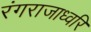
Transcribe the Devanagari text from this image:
रंगराजाध्वरि